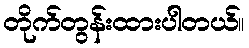
တိုက်တွန်းထားပါတယ်။